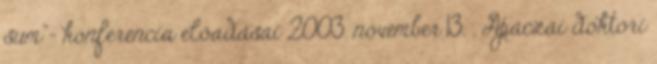
sum”- konferencia előadásai 2003. november 13. . Apáczai doktori